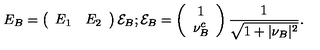
E _ { B } = \left( \begin{array} { c c } { E _ { 1 } } & { E _ { 2 } } \\ \end{array} \right) { \cal E } _ { B } ; { \cal E } _ { B } = \left( \begin{array} { c } { 1 } \\ { \nu _ { B } ^ { c } } \\ \end{array} \right) { \frac { 1 } { \sqrt { 1 + \vert \nu _ { B } \vert ^ { 2 } } } } .